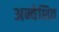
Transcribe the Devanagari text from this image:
अन्वेशित